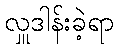
လှူဒါန်းခဲ့ရာ